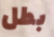
بطل